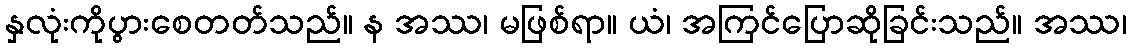
နှလုံးကိုပွားစေတတ်သည်။ န အဿ၊ မဖြစ်ရာ။ ယံ၊ အကြင်ပြောဆိုခြင်းသည်။ အဿ၊